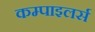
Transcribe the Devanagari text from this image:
कम्पाइलर्स